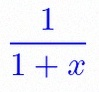
\frac{1}{1+x}